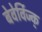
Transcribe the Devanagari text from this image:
बेवेर्विज्क्